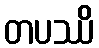
တပဿိ